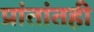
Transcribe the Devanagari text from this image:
प्रांतांतही